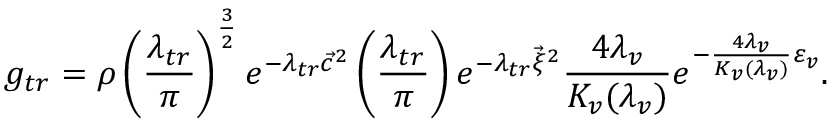
g _ { t r } = \rho \left( \frac { \lambda _ { t r } } { \pi } \right) ^ { \frac { 3 } { 2 } } e ^ { - \lambda _ { t r } { \vec { c } } ^ { 2 } } \left( \frac { \lambda _ { t r } } { \pi } \right) e ^ { - \lambda _ { t r } { \vec { \xi } } ^ { 2 } } \frac { 4 \lambda _ { v } } { K _ { v } ( \lambda _ { v } ) } e ^ { - \frac { 4 \lambda _ { v } } { K _ { v } ( \lambda _ { v } ) } \varepsilon _ { v } } .